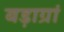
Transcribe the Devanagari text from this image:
बड़ाग्रां